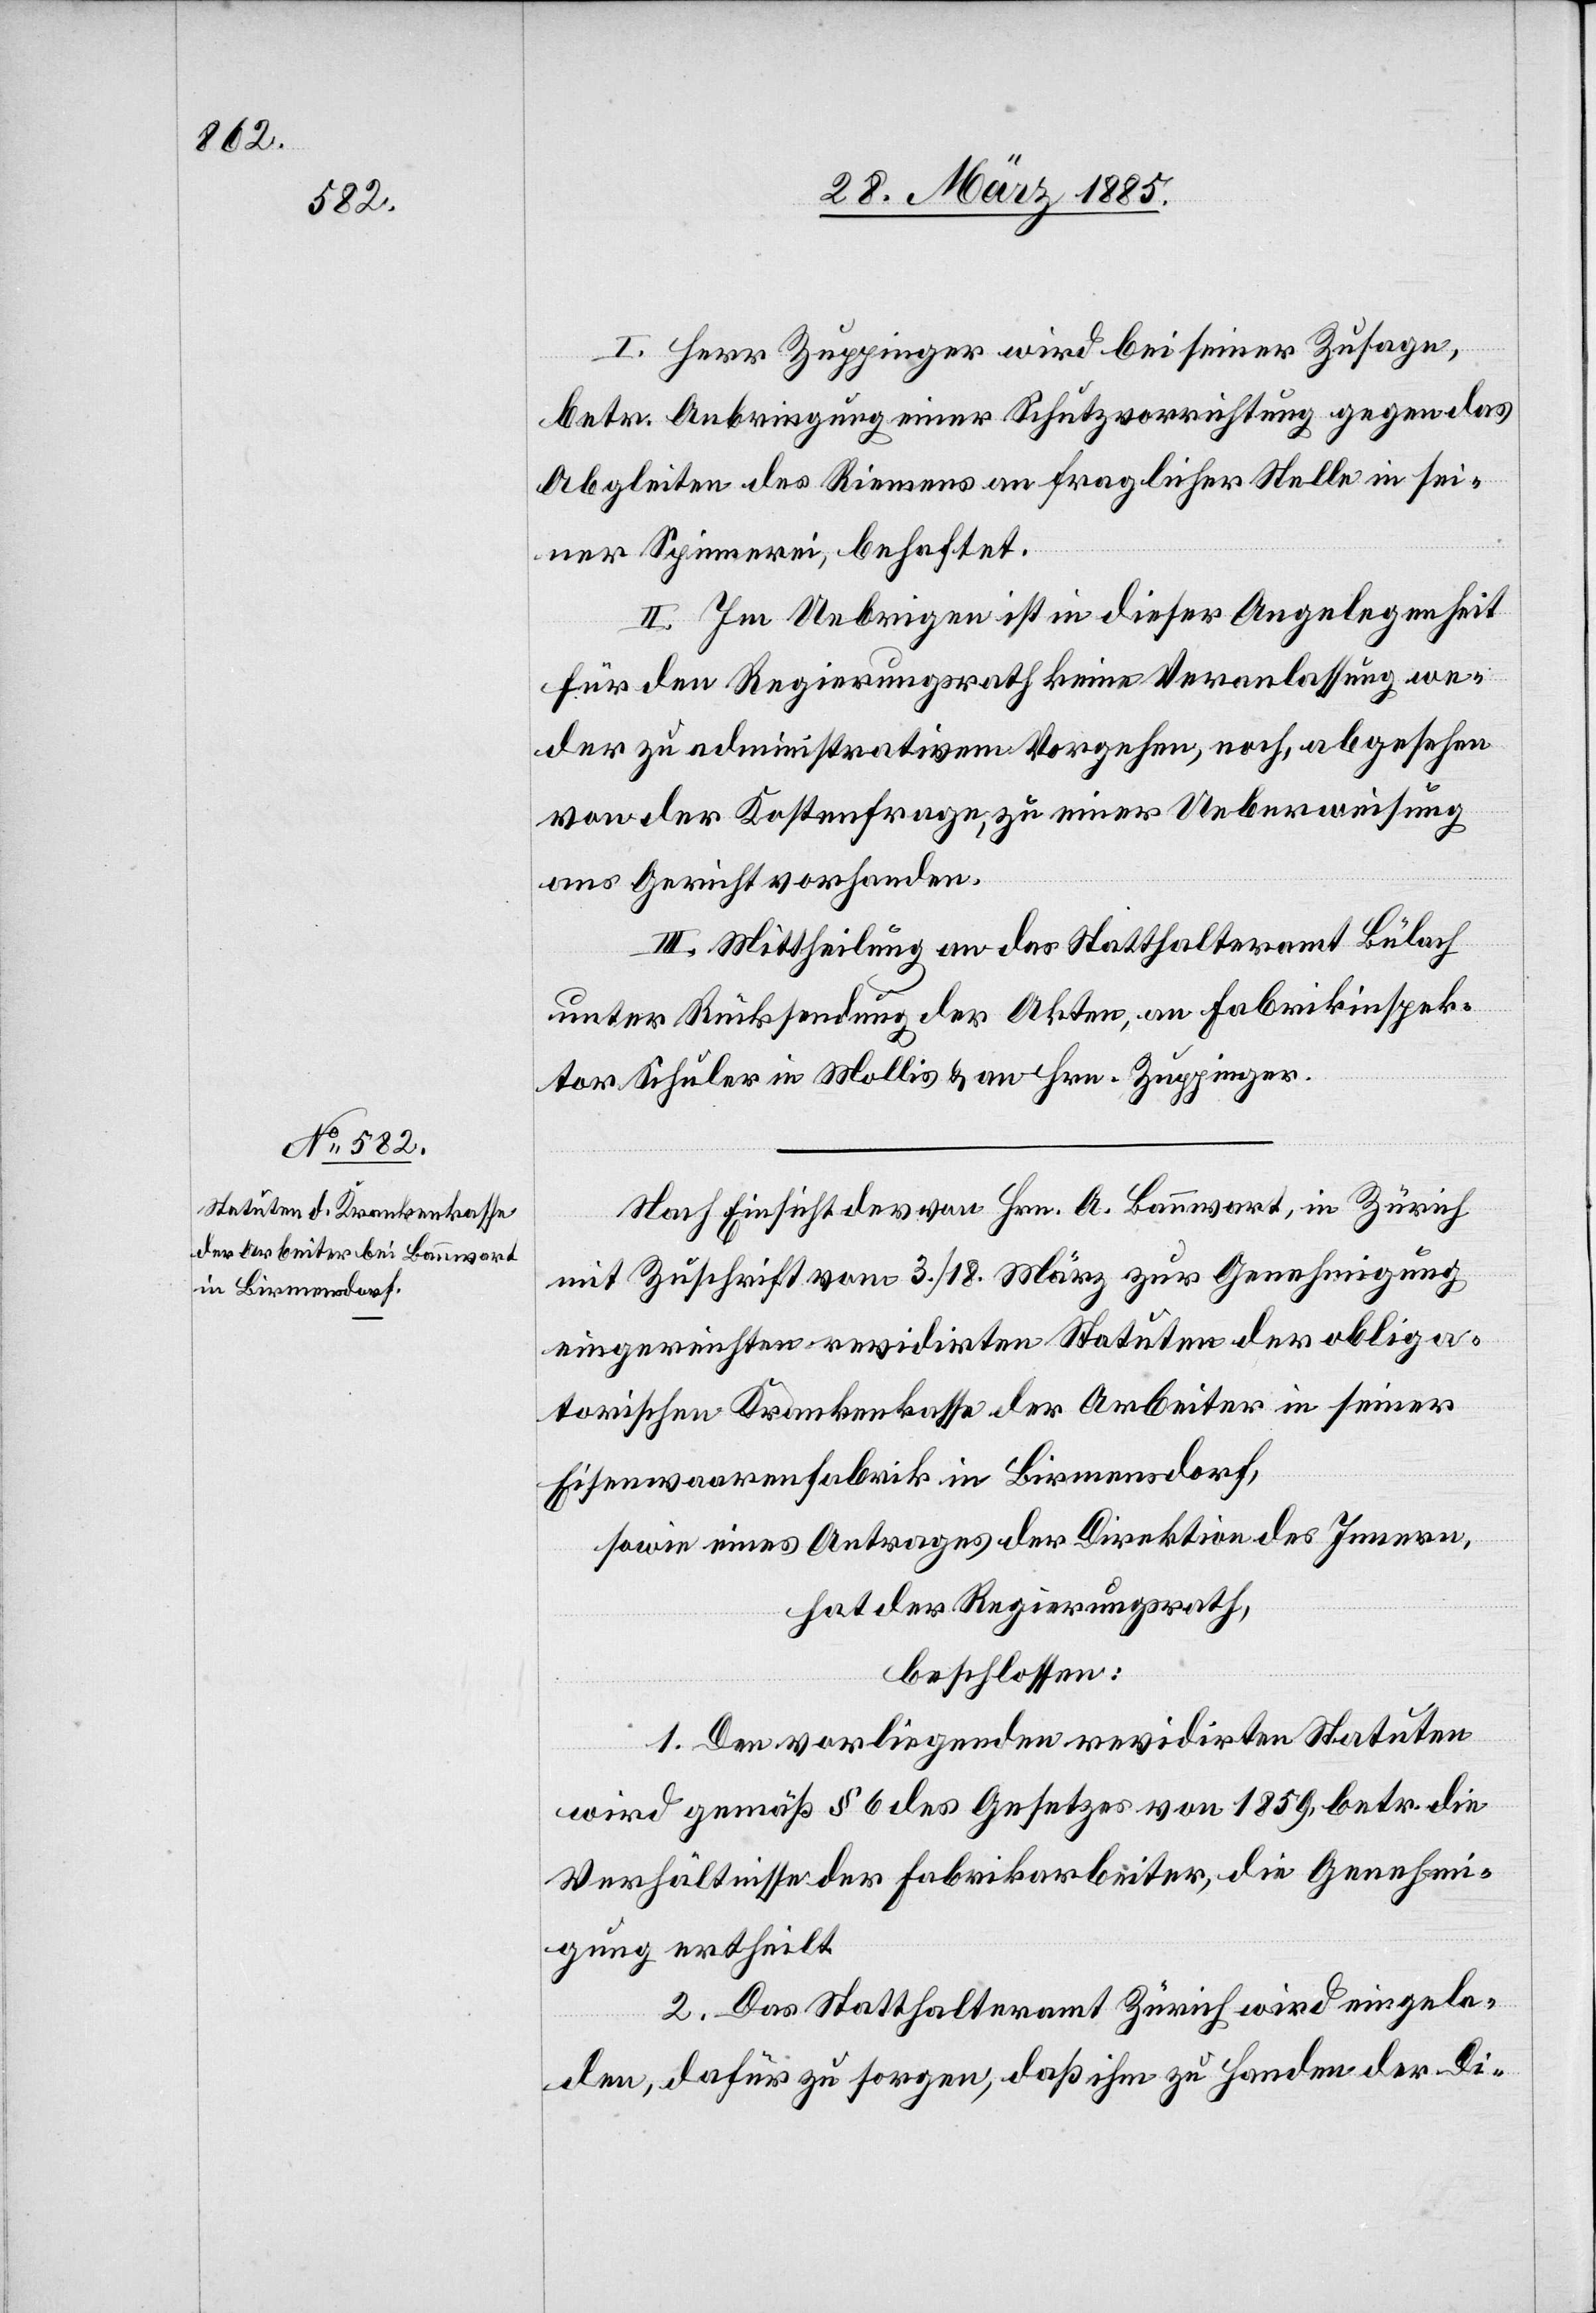
I. Herr Zuppinger wird bei seiner Zusage,
betr. Anbringung einer Schutzvorrichtung gegen das
Abgleiten des Riemens an fraglicher Stelle sei¬
ner Spinnerei, behaftet.
II. Im Uebrigen ist in dieser Angelegenheit
für den Regierungsrath keine Veranlassung we¬
der zu administrativem Vorgehen, noch, abgesehen
von der Kostenfrage, zu einer Ueberweisung
ans Gericht vorhanden.
III. Mittheilung an das Statthalteramt Bülach
unter Rücksendung der Akten, an Fabrikinspek¬
tor Schuler in Mollis & an Hrn. Zuppinger.
Nach Einsicht der von Hrn. A. Bannwart, in Zürich
mit Zuschrift vom 3./18. März zur Genehmigung
eingereichten revidirten Statuten der obliga¬
torischen Krankenkasse der Arbeiter in seiner
Eisenwaarenfabrik in Birmensdorf,
sowie eines Antrages der Direktion des Innern,
hat der Regierungsrath,
beschlossen:
1. Den vorliegenden revidirten Statuten
wird gemäß § 6 des Gesetzes von 1859, betr. die
Verhältnisse der Fabrikarbeiter, die Genehm¬
igung ertheilt.
2. Das Statthalteramt Zürich wird eingela¬
den, dafür zu sorgen, daß ihm zu Handen der Di-